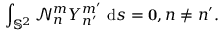
\int _ { \mathbb { S } ^ { 2 } } \mathcal { N } _ { n } ^ { m } Y _ { n ^ { \prime } } ^ { m ^ { \prime } } ~ \mathrm { d } s = \mathbf { 0 } , n \neq n ^ { \prime } .